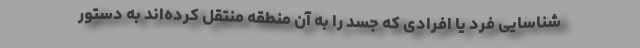
شناسایی فرد یا افرادی که جسد را به آن منطقه منتقل کرده‌اند به دستور